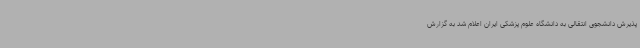
پذیرش دانشجوی انتقالی به دانشگاه علوم پزشکی ایران اعلام شد به گزارش